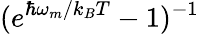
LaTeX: (e^{\hbar\omega_{m}/k_{B}T}-1)^{-1}